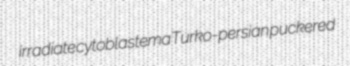
irradiate cytoblastema Turko-persian puckered